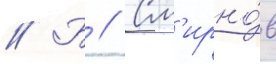
// Б // См'ирно́в